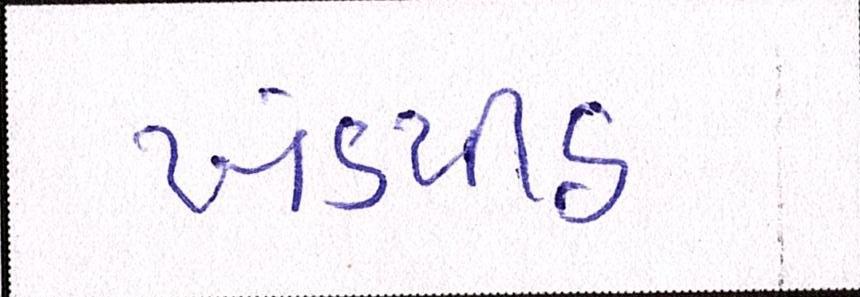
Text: ખંડપીઠ